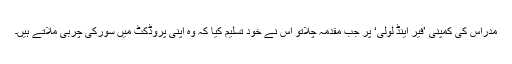
مدراس کی کمپنی ’فیر اینڈ لولی‘ پر جب مقدمہ چلاتو اس نے خود تسلیم کیا کہ وہ اپنی پروڈکٹ میں سورکی چربی ملاتے ہیں۔